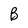
Character: B